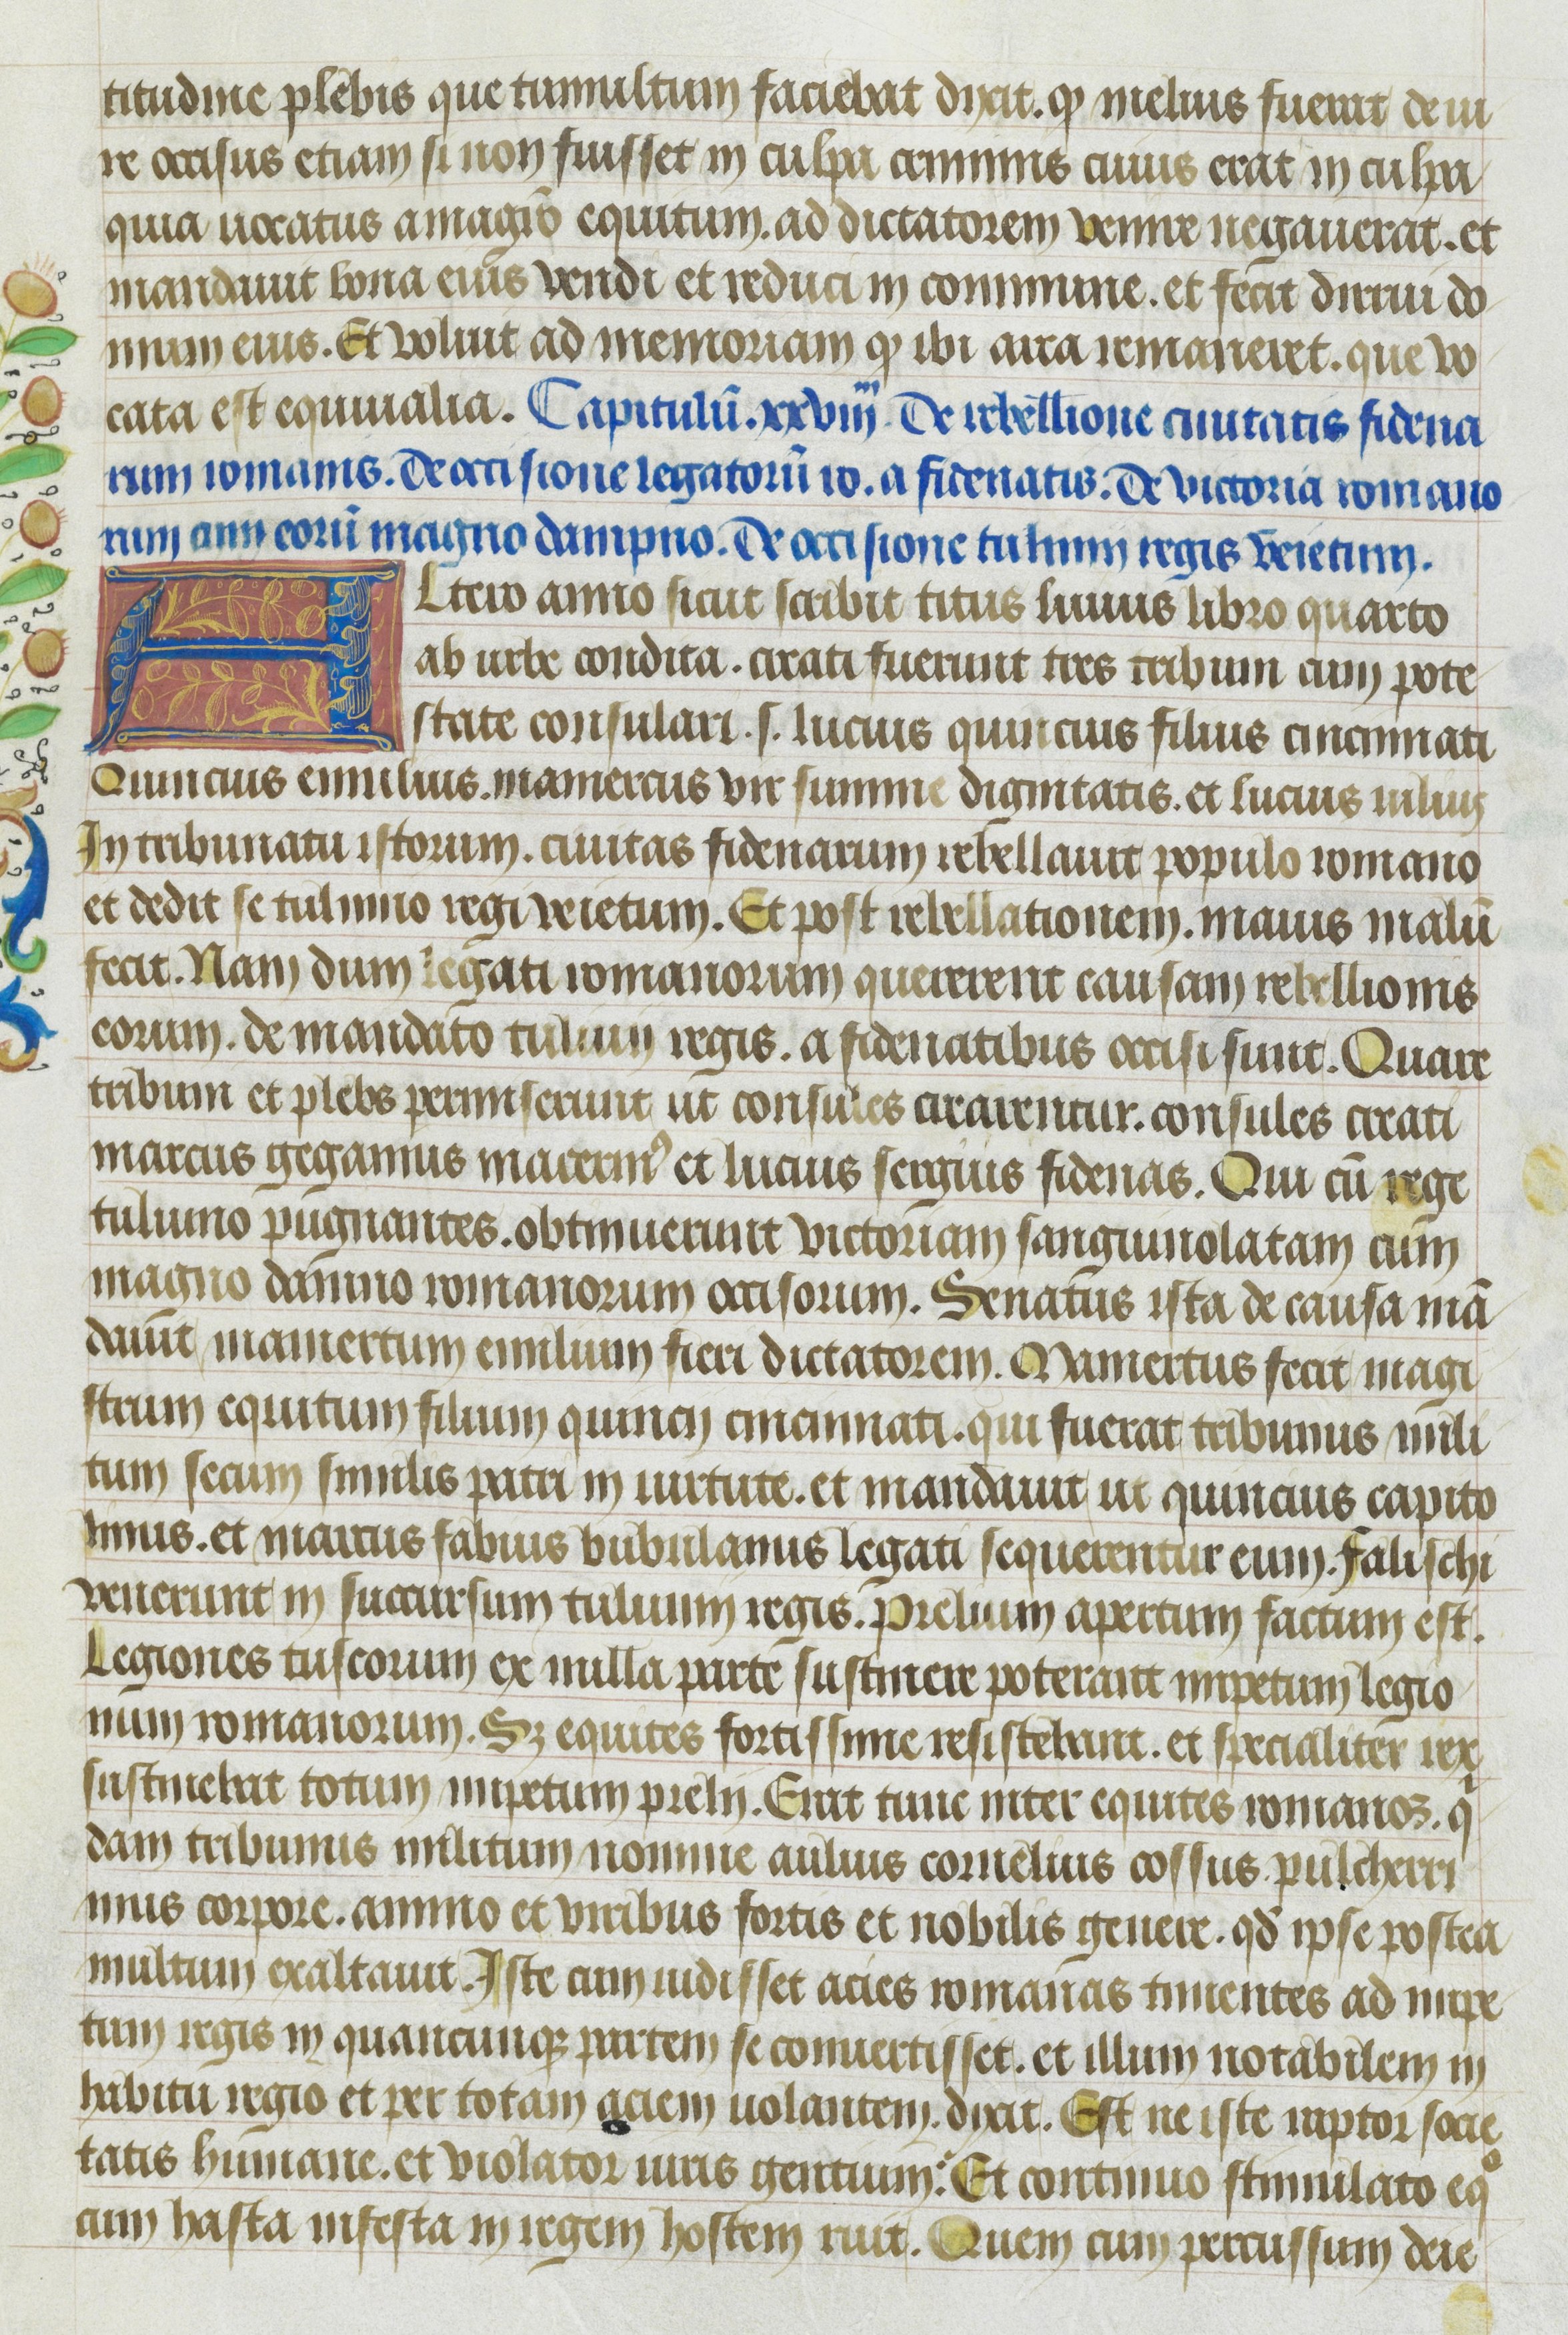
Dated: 1400–1499